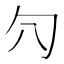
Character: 𰅛